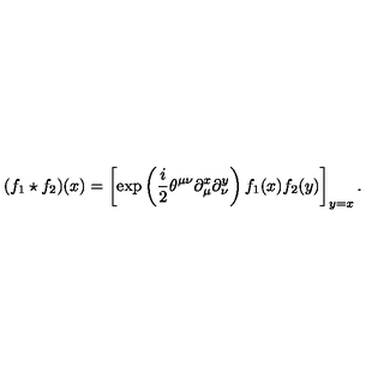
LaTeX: ( f _ { 1 } \star f _ { 2 } ) ( x ) = \left[ \exp \left( \frac { i } { 2 } \theta ^ { \mu \nu } \partial _ { \mu } ^ { x } \partial _ { \nu } ^ { y } \right) f _ { 1 } ( x ) f _ { 2 } ( y ) \right] _ { y = x } .